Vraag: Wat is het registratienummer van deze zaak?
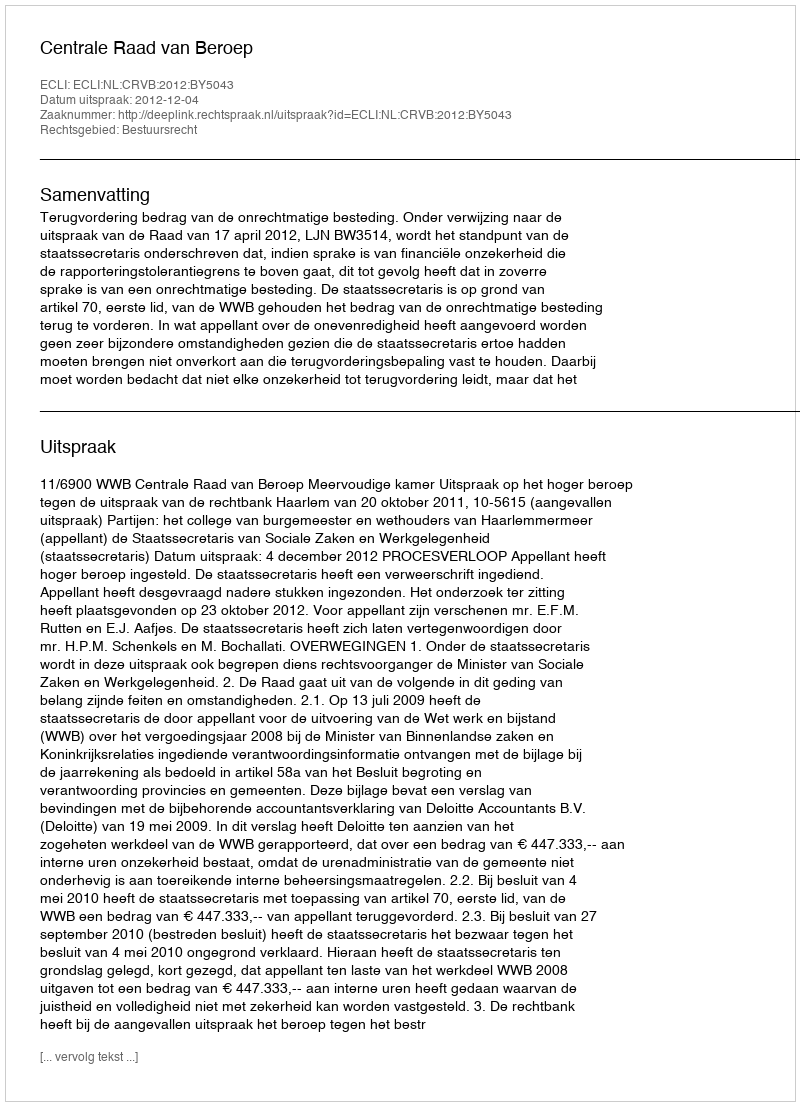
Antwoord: http://deeplink.rechtspraak.nl/uitspraak?id=ECLI:NL:CRVB:2012:BY5043